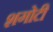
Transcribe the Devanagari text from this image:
शगोटी